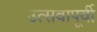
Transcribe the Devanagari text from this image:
उत्सवापूर्वी